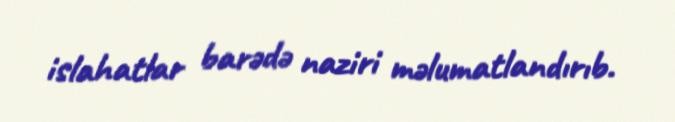
islahatlar barədə naziri məlumatlandırıb.